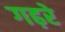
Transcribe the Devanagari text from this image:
गढ़रे